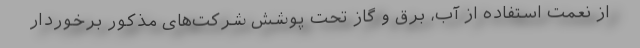
از نعمت استفاده از آب، برق و گاز تحت پوشش شرکت‌های مذکور برخوردار